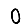
Digit: 0